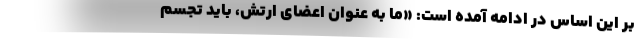
بر این اساس در ادامه آمده است: «ما به عنوان اعضای ارتش، باید تجسم